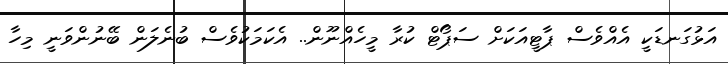
އަޅުގަނޑަކީ އެެއްވެސް ޕާޓީއަކަށް ސަޕޯޓް ކުރާ މީހެއްނޫން.. އެކަމަކުވެސް ބުނެލަން ބޭނުންވަނީ މިހާ